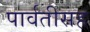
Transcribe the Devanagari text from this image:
पार्वतीसह